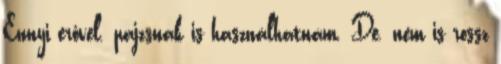
Ennyi erővel. pajzsnak is használhatnám. De. nem is rossz